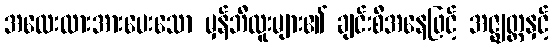
အလေးထားအားပေးသော မှန်ဘီလူးများ၏ ချင်းစီအနေဖြင့် အဇ္ဈတ္တနှင့်